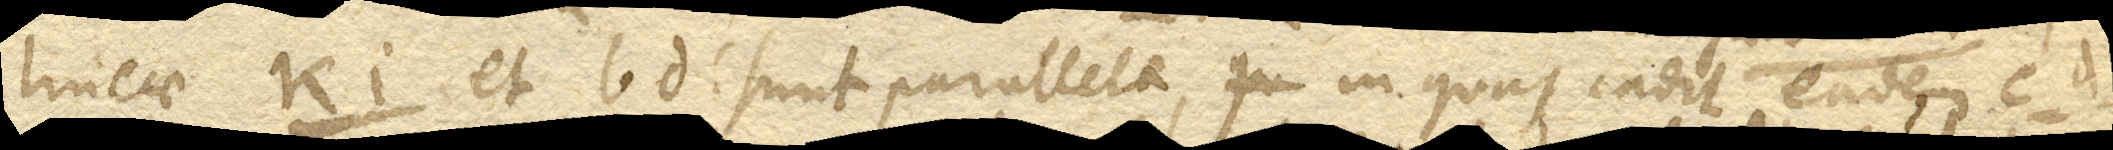
lineae ki. et bd. sunt parallelae, in quas cadit eadem cd.